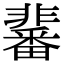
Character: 𩈀